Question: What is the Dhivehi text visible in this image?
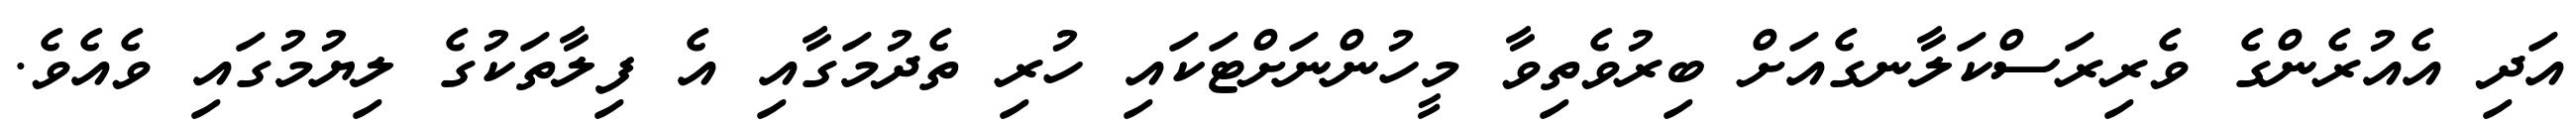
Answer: އަދި އެއުރެންގެ ވެރިރަސްކަލާނގެއަށް ބިރުވެތިވާ މީހުންނަށްޓަކައި ހުރި ތެދުމަގާއި އެ ފިލާތަކުގެ ލިޔުމުގައި ވެއެވެ.